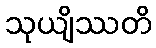
သုယျိဿတိ